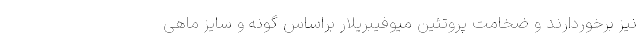
نیز برخوردارند و ضخامت پروتئین میوفیبریلار براساس گونه و سایز ماهی